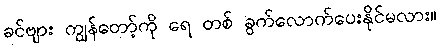
ခင်ဗျား ကျွန်တော့်ကို ရေ တစ် ခွက်လောက်ပေးနိုင်မလား။